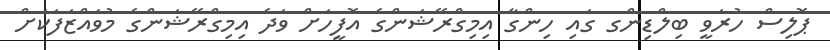
ޕޮލިސް ހުރަވީ ބިލްޑިންގ ގައި ހިންގާ އިމިގްރޭޝަންގެ އޮފީހަށް ވަދެ އިމިގްރޭޝަންގެ މުވައްޒަފަކަށް